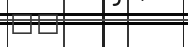
٧٢